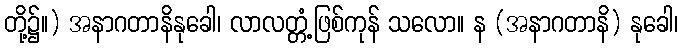
တို့၌။) အနာဂတာနိနုခေါ၊ လာလတ္တံ့ဖြစ်ကုန် သလော။ န (အနာဂတာနိ) နုခေါ၊